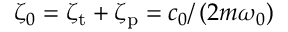
\zeta _ { 0 } = \zeta _ { \mathrm { t } } + \zeta _ { \mathrm { p } } = c _ { 0 } / \left( 2 m \omega _ { 0 } \right)